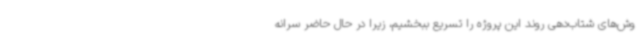
وش‌های شتاب‌دهی روند این پروژه را تسریع ببخشیم، زیرا در حال حاضر سرانه